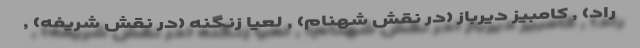
راد) , کامبیز دیرباز (در نقش شهنام) , لعیا زنگنه (در نقش شریفه) ,